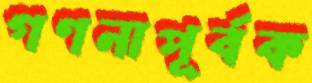
গণনাপূর্বক